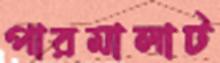
পারমালাট